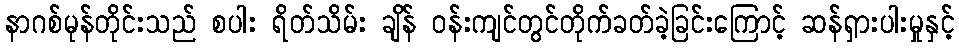
နာဂစ်မုန်တိုင်းသည် စပါး ရိတ်သိမ်း ချိန် ဝန်းကျင်တွင်တိုက်ခတ်ခဲ့ခြင်းကြောင့် ဆန်ရှားပါးမှုနှင့်